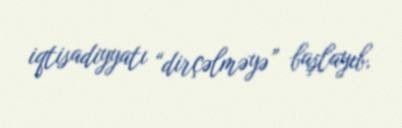
iqtisadiyyatı “dirçəlməyə” başlayıb.